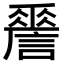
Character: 𧬑